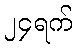
၂၄ရက်